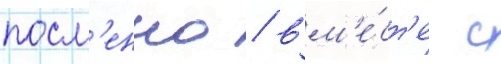
посм'енно / вм'е́ст'е с